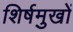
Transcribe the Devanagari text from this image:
शिर्षमुखों